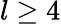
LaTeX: l\ge 4